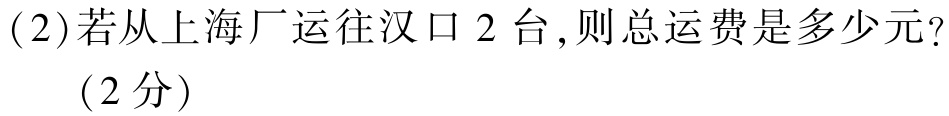
(2)若从上海厂运往汉口 2 台,则总运费是多少元?
（2分）